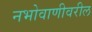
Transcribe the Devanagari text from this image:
नभोवाणीवरील